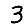
Digit: 3